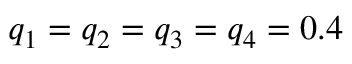
q _ { 1 } = q _ { 2 } = q _ { 3 } = q _ { 4 } = 0 . 4